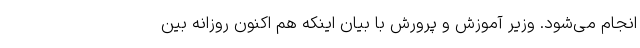
انجام می‌شود. وزیر آموزش و پرورش با بیان اینکه هم اکنون روزانه بین